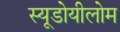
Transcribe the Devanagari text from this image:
स्यूडोयीलोम